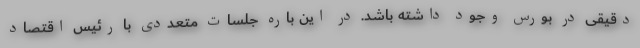
دقیقی در بورس وجود داشته باشد. در این باره جلسات متعددی با رئیس اقتصاد